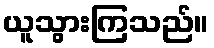
ယူသွားကြသည်။